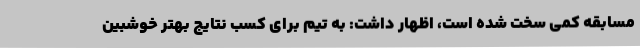
مسابقه کمی سخت شده است، اظهار داشت: به تیم برای کسب نتایج بهتر خوشبین